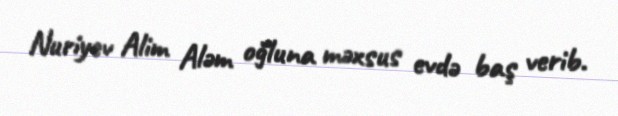
Nuriyev Alim Aləm oğluna məxsus evdə baş verib.